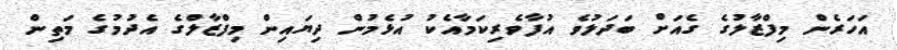
އަހަރެން މިފްޒާލުގެ ގެއަށް ބަދަލުވެ އުފާވެރިކަމާއެކު އުޅެމުން ދިޔައިން މިފްޒާލްގެ އެދުމުގެ މަތިން